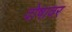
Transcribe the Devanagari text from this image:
दोषावर